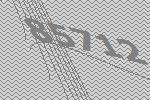
85712